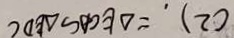
( 2 ) . = \Delta E C A \sim \Delta E D C